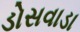
ડોસવાડા